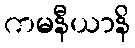
ကမနီယာနိ